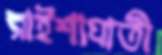
রাইশাঘাতী